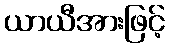
ယာယီအားဖြင့်